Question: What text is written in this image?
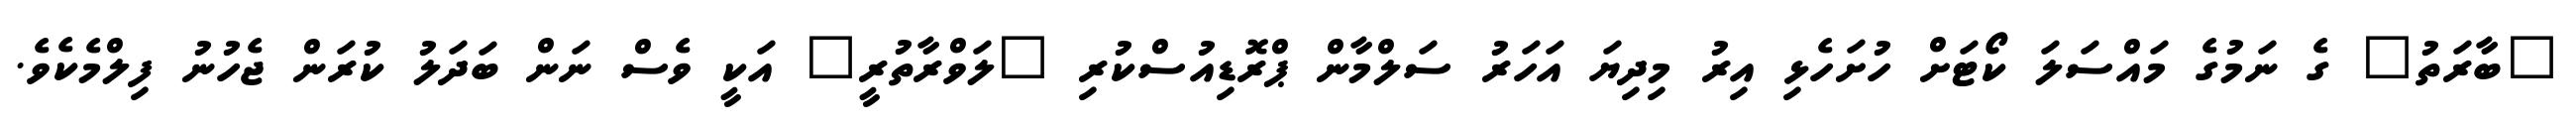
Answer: "ބާރަތު" ގެ ނަމުގެ މައްސަލަ ކޯޓަށް ހުށަހެޅި އިރު މިދިޔަ އަހަރު ސަލްމާން ޕްރޮޑިއުސްކުރި "ލަވްރާތުރީ" އަކީ ވެސް ނަން ބަދަލު ކުރަން ޖެހުނު ފިލްމެކެވެ.